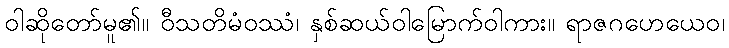
ဝါဆိုတော်မူ၏။ ဝီသတိမံဝဿံ၊ နှစ်ဆယ်ဝါမြောက်ဝါကား။ ရာဇဂဟေယေဝ၊